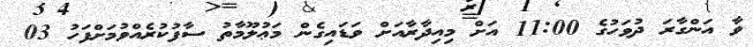
ވާ އަންގާރަ ދުވަހުގެ 11:00 އަށް މިއިދާރާއަށް ވަޑައިގެން މަޢުލޫމާތު ސާފުކުރެއްވުމަށްފަހު 03